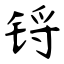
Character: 锊